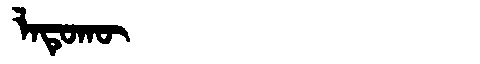
Manchu: ᠯᠠᡨᡠᡴᡡ
Romanization: LATUKŪ